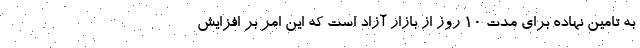
به تامین نهاده برای مدت ۱۰ روز از بازار آزاد است که این امر بر افزایش